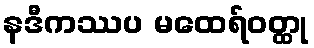
နဒီကဿပ မထေရ်ဝတ္ထု